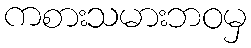
ကစားသမားဘဝမှ